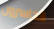
الخاسرون